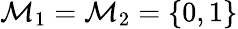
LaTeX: \mathcal{M}_{1}=\mathcal{M}_{2}=\{ 0,1\}